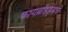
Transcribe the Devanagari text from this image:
फायब्रॉइड्सचे